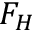
F _ { H }